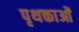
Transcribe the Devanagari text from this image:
पृथक्ताओं